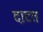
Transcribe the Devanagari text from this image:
दाटत